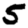
Digit: 5